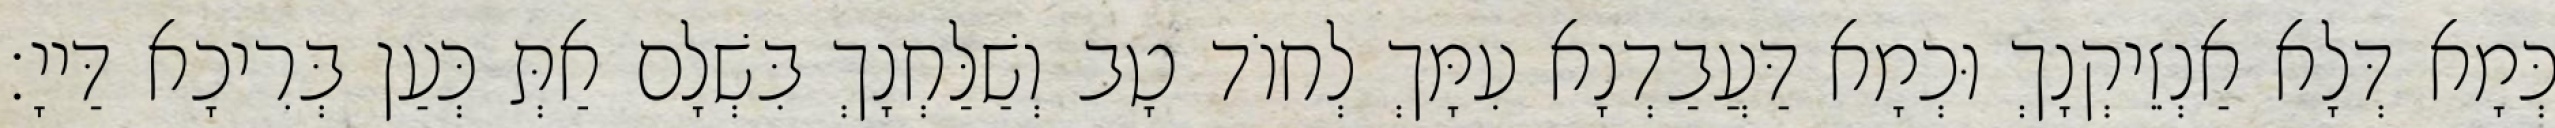
כְּמָא דְּלָא אַנְזֵיקְנָךְ וּכְמָא דַּעֲבַדְנָא עִמָּךְ לְחוֹד טָב וְשַׁלַּחְנָךְ בִּשְׁלָם אַתְּ כְּעַן בְּרִיכָא דַּייָ׃